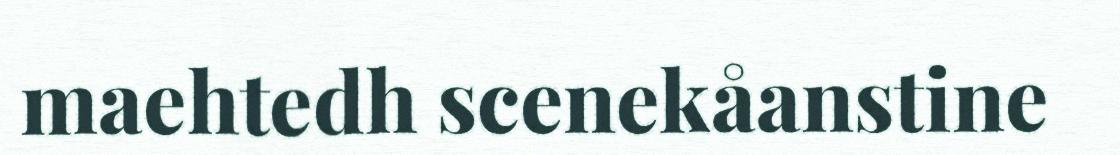
maehtedh scenekåanstine